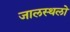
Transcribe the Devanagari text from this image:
जालस्थलो